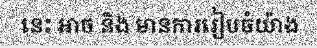
នេះ អាច និង មានការរៀបចំយ៉ាង